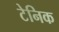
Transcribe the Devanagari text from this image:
टेनिक